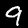
Label: 9